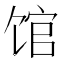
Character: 馆